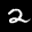
Label: 2